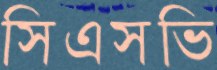
সিএসভি